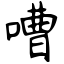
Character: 嘈